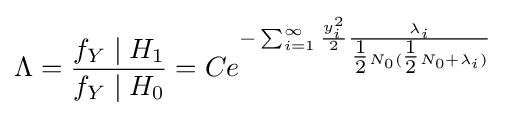
\Lambda ={\frac {f_{Y}\mid H_{1}}{f_{Y}\mid H_{0}}}=Ce^{-\sum _{i=1}^{\infty }{\frac {y_{i}^{2}}{2}}{\frac {\lambda _{i}}{{\tfrac {1}{2}}N_{0}({\tfrac {1}{2}}N_{0}+\lambda _{i})}}}